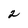
Character: 2